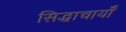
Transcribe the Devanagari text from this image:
सिद्धाचार्यों